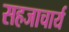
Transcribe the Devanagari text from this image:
सहजाचार्य